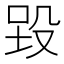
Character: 𪵉